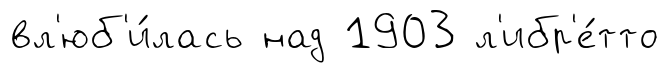
вл'юб'и́лась над 1903 л'ибр'е́тто